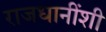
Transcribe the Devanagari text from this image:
राजधानींशी